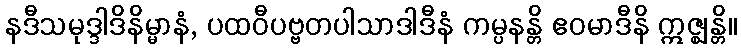
နဒီသမုဒ္ဒါဒိနိမ္မာနံ, ပထဝီပဗ္ဗတပါသာဒါဒီနံ ကမ္ပနန္တိ ဧဝမာဒီနိ ဣဇ္ဈန္တိ။